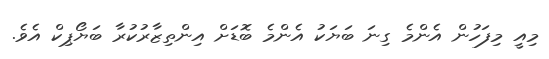
މިއީ މިފަހުން އެންމެ ގިނަ ބަޔަކު އެންމެ ބޮޑަށް އިންތިޒާރުކުރާ ބަޔޯޕިކް އެވެ.